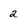
Character: 2